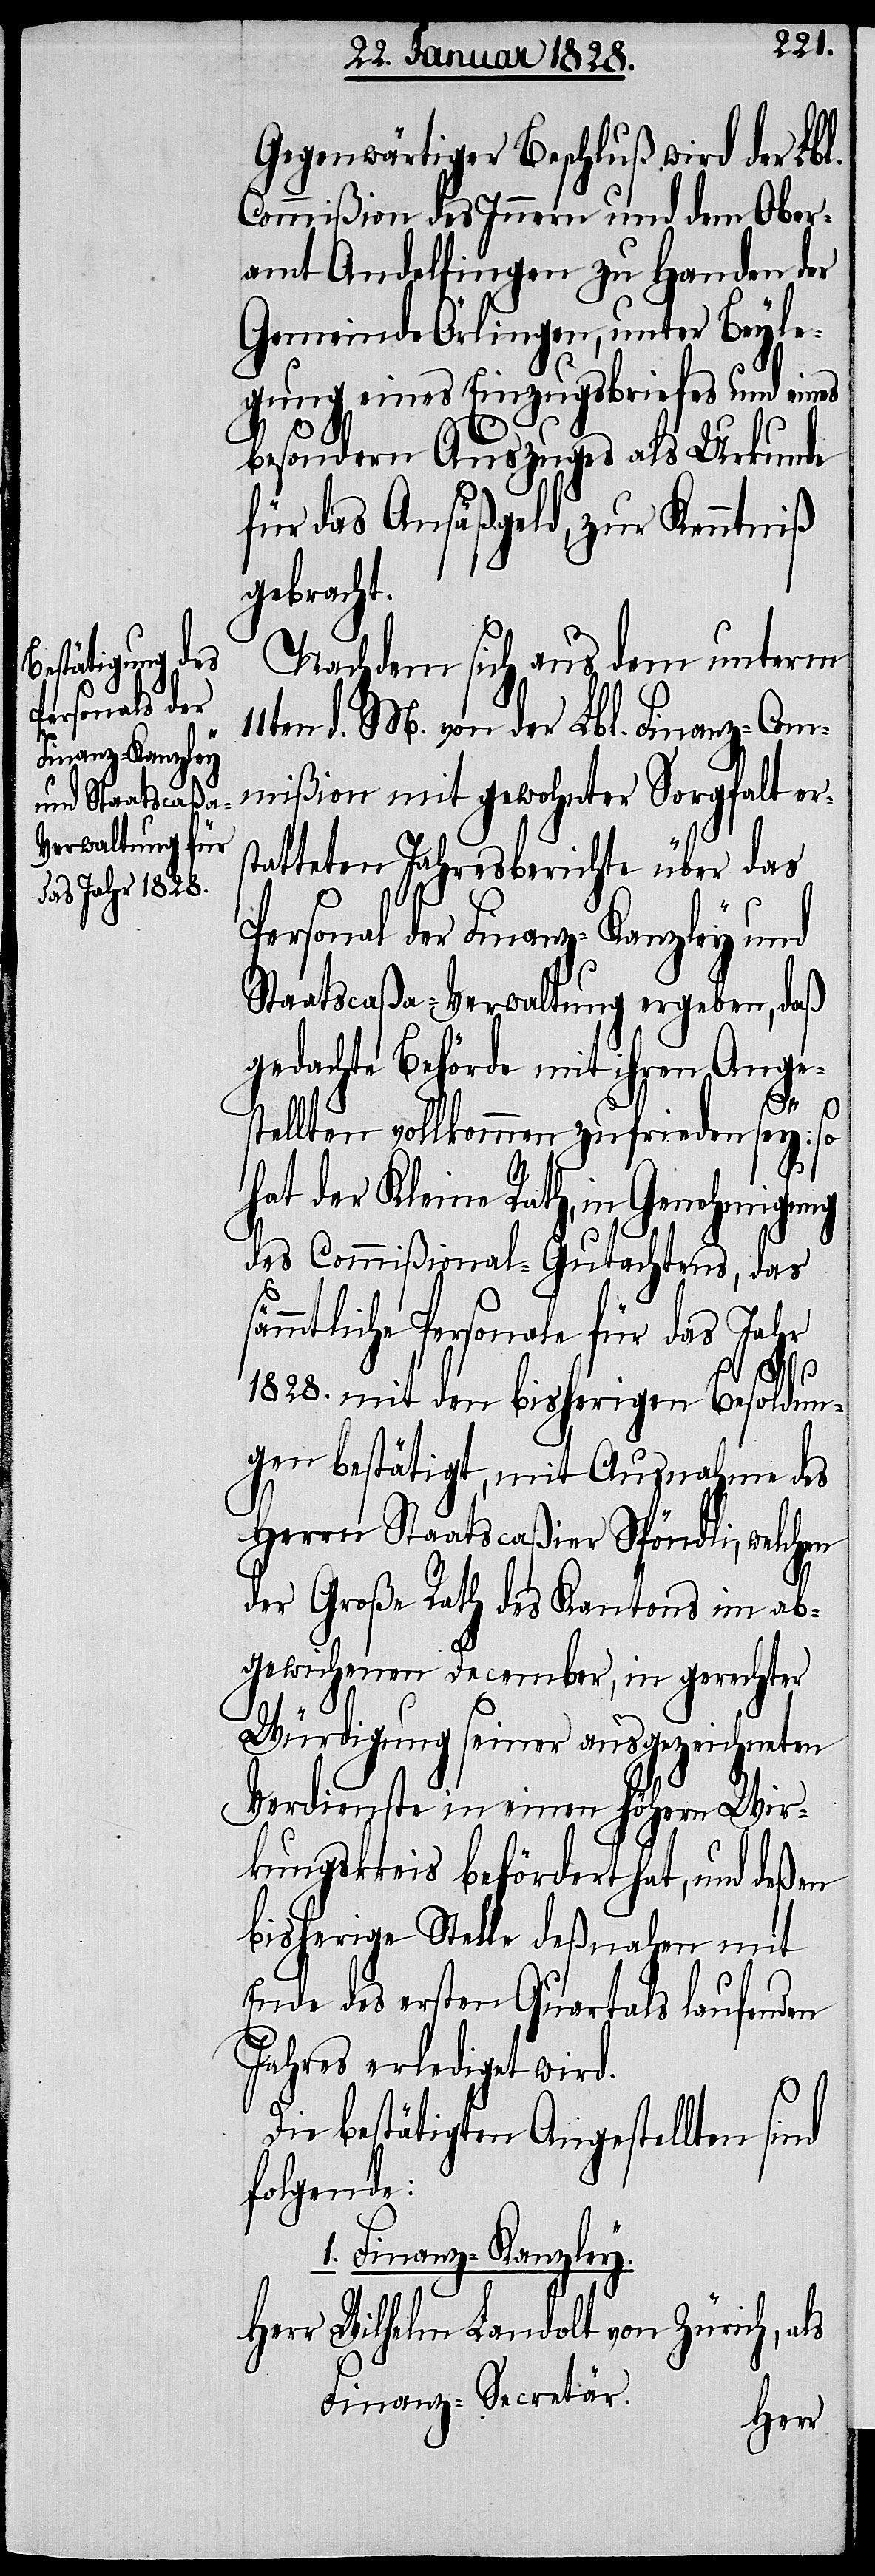
Gegenwärtiger Beschluß wird der Lbl.
Commißion des Innern und dem Ober¬
amt Andelfingen zu Handen der
Gemeinde Örlingen, unter Beyle¬
gung eines Einzugsbriefes und eines
besondern Auszuges als Urkunde
für das Ansäßengeld, zur Kenntniß
gebracht.
Nachdem sich aus dem unterm
11ten d. M. von der Lbl. Finanz-Com¬
mißion mit gewohnter Sorgfalt ers¬
tatteten Jahresberichte über das
Personal der Finanz-Canzley und
Staatscaßa-Verwaltung ergeben, daß
gedachte Behörde mit ihren Anges¬
tellten vollkommen zufrieden sey: so
hat der Kleine Rath, in Genehmigung
des Commißional-Gutachtens, das
sämmtliche Personale für das Jahr
1828. mit den bisherigen Besoldun¬
gen bestätigt, mit Ausnahme des
Herrn Staatscaßier Spöndli, welchen
der Große Rath des Kantons im ab¬
gewichenen December, in gerechter
Würdigung seiner ausgezeichneten
Verdienste in einen höhern Wir¬
kungskreis befördert hat, und deßen
bisherige Stelle deßnahen mit
Ende des ersten Quartals laufenden
Jahres erledigt wird.
Die bestätigten Angestellten sind
folgende:
1. Finanz-Kanzley.
Wilhelm Landolt von Zürich, als
Finanz-Secretär.
Herr